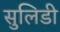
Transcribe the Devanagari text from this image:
सुलिडी